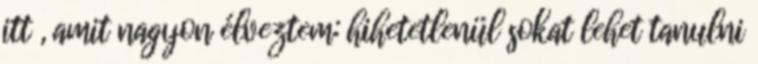
itt , amit nagyon élveztem: hihetetlenül sokat lehet tanulni